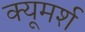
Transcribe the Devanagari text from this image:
क्यूमर्श